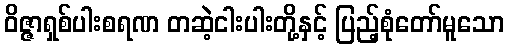
ဝိဇ္ဇာရှစ်ပါးစရဏ တဆဲ့ငါးပါးတို့နှင့် ပြည့်စုံတော်မူသော